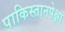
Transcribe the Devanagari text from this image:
पाकिस्तानपेक्षा